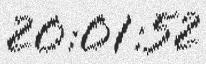
20:01:52